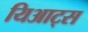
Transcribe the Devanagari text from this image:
यिआट्स